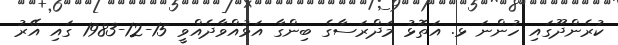
ކުރެންދޫގައި ހުންނަ ޅ. އަތޮޅު މަދްރަސާގެ ބިންގާ އަޅުއްވާދެއްވީ 15-12-1983 ގައި އޭރު